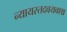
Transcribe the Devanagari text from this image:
न्यायस्तदवयवाश्च